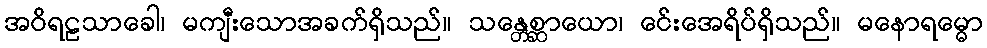
အဝိရဠသာခေါ၊ မကျီးသောအခက်ရှိသည်။ သန္တေစ္ဆာယော၊ ငေ်းအေရိပ်ရှိသည်။ မနောရမ္ဓော